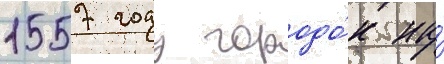
1557 году городо́к на́